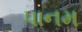
પાનમ